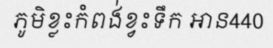
ភូមិខ្លះកំពង់ខ្វះទឹក អាន440